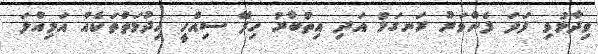
ވިދާޅުވި ފަދަ ފެންވަރު ރަނގަޅު އަދި އިތުބާރު ހިފޭ ސިއްހީ ހިދުުމަތްތަކެއް އަމިއްލަ